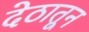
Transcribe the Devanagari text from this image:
देठातून